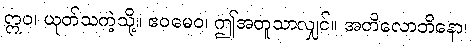
ဣဝ၊ ယုတ်သကဲ့သို့။ ဧဝမေဝ၊ ဤအတူသာလျှင်။ အတိလောဘိနော၊